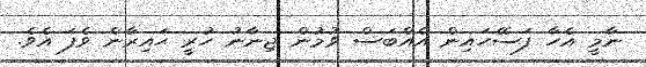
ނާމީ އެހާ ފަސޭހައިން އެއްބަސް ވުމުން ޖިނާނު ހުރީ ޙައިރާން ވެފަ އެވެ.